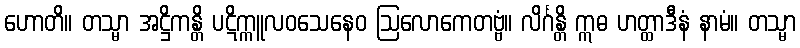
ဟောတိ။ တသ္မာ အဋ္ဌိကန္တိ ပဋိက္ကူလဝသေနေဝ ဩလောကေတဗ္ဗံ။ လိင်္ဂန္တိ ဣဓ ဟတ္ထာဒီနံ နာမံ။ တသ္မာ